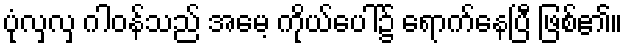
ပုံလှလှ ဂါဝန်သည် အမေ့ ကိုယ်ပေါ်၌ ရောက်နေပြီ ဖြစ်၏။